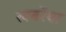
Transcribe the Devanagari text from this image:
खबरेंया